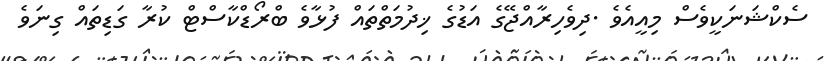
ސެކްޝަނަކީވެސް މިއީއެވެ .ދިވެހިރާއްޖޭގެ އަޑުގެ ޚިދުމަތްތައް ފުޅާވެ ބްރޯޑްކާސްޓް ކުރާ ގަޑިތައް ގިނަވެ